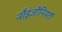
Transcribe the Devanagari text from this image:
नौइंजीनियरों